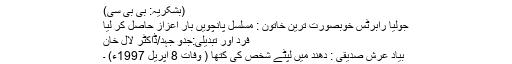
(بشکریہ: بی بی سی)
جولیا رابرٹس خوبصورت ترین خاتون : مسلسل پانچویں بار اعزاز حاصل کر لیا
فرد اور تبدیلی:جدو جہد/ڈاکٹر لال خان
بیادِ عرش صدیقی : دھند میں لپٹے شخص کی کتھا ( وفات 8 اپریل 1997ء) ۔